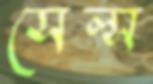
সেল্স